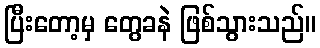
ပြီးတော့မှ တွေခနဲ ဖြစ်သွားသည်။